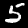
Label: 5